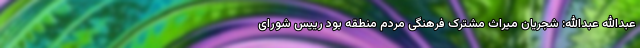
عبدالله عبدالله: شجریان میراث مشترک فرهنگی مردم منطقه بود رییس شورای